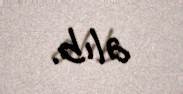
alıb.